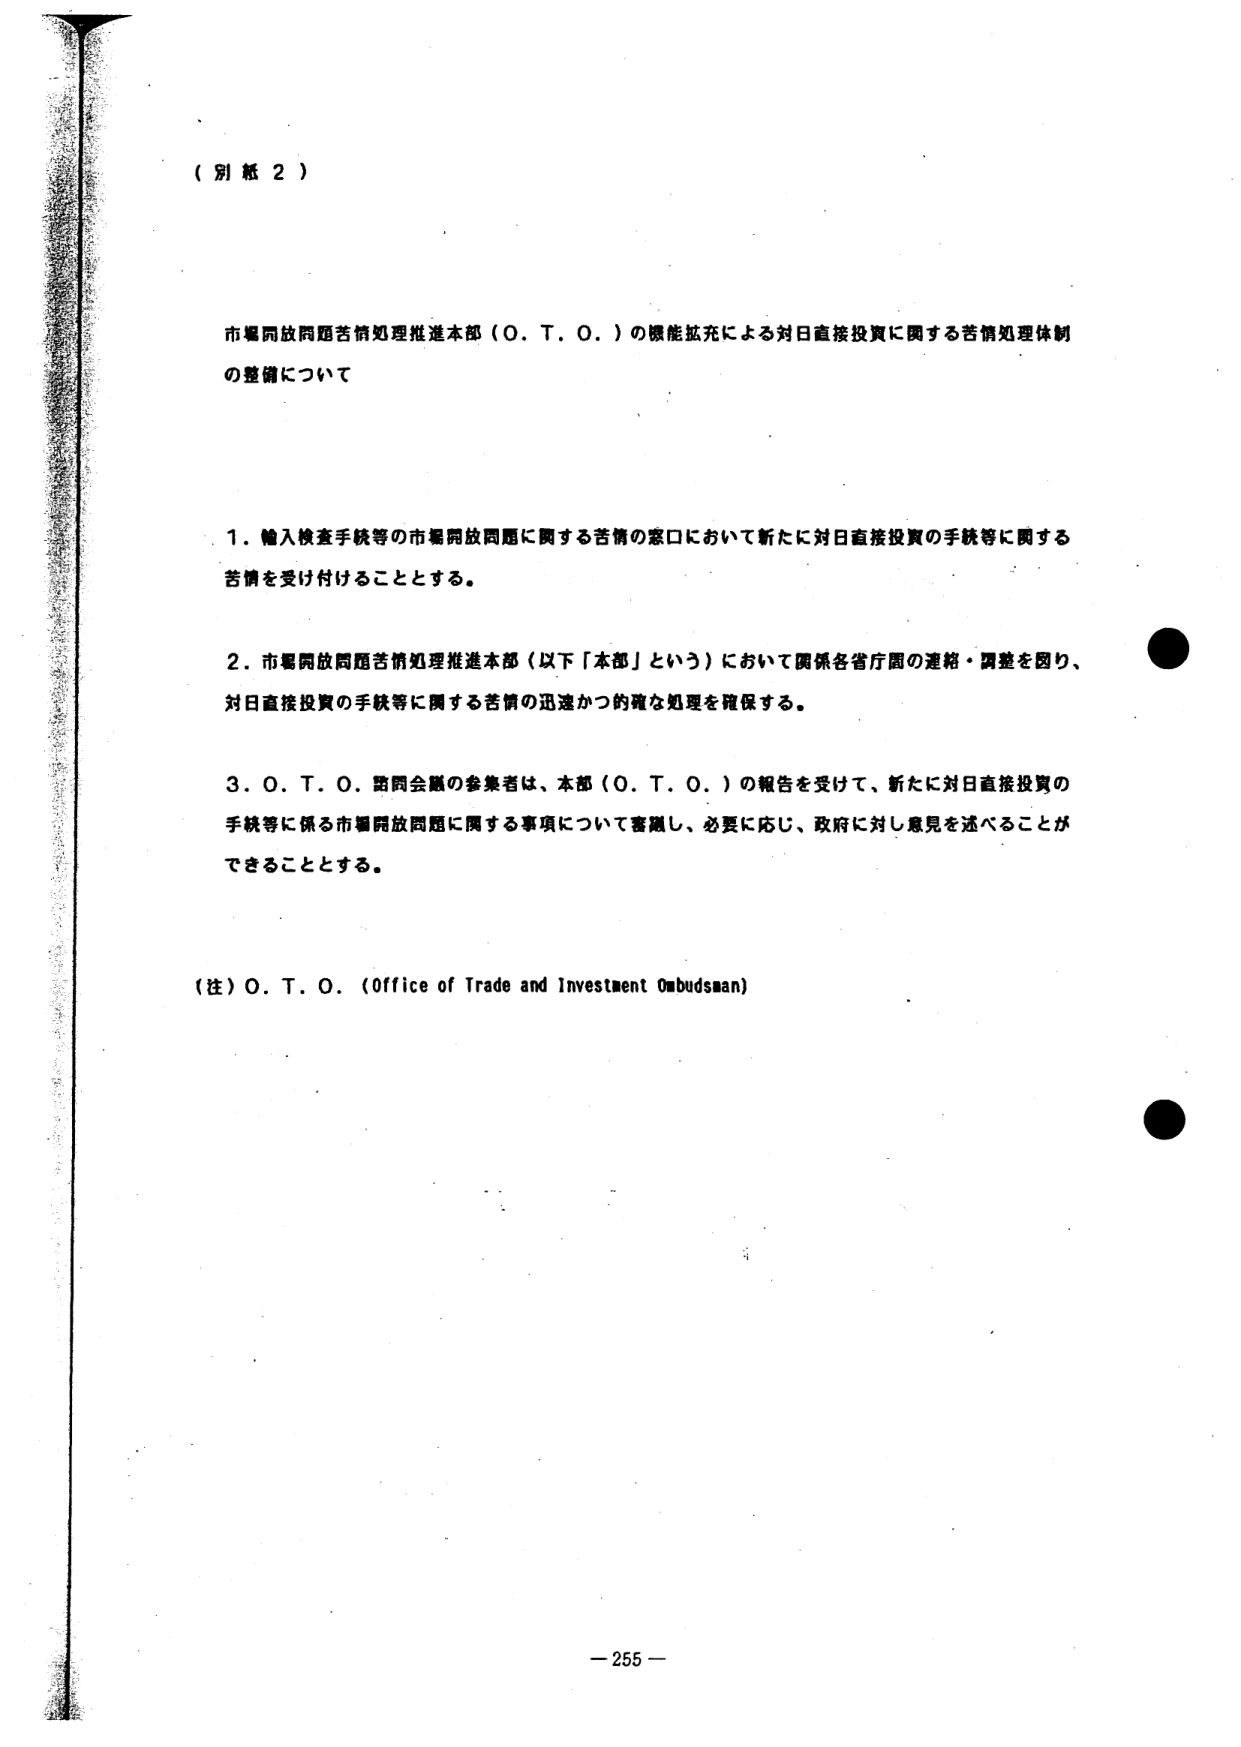
（別紙２）

市場開放問題苦情処理推進本部（Ｏ．Ｔ．Ｏ．）の機能拡充による対日直接投資に関する苦情処理体制の整備について

１．輸入検査手続等の市場開放問題に関する苦情の窓口において新たに対日直接投資の手続等に関する苦情を受け付けることとする。

２．市場開放問題苦情処理推進本部（以下「本部」という）において関係各省庁間の連絡・調整を図り、対日直接投資の手続等に関する苦情の迅速かつ的確な処理を確保する。

３．Ｏ．Ｔ．Ｏ．諮問会議の参集者は、本部（Ｏ．Ｔ．Ｏ．）の報告を受けて、新たに対日直接投資の手続等に係る市場開放問題に関する事項について審議し、必要に応じ、政府に対し意見を述べることができることとする。

（注）Ｏ．Ｔ．Ｏ．（Office of Trade and Investment Ombudsman）

－255－